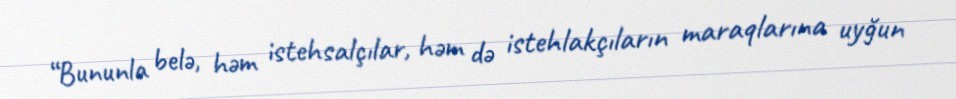
“Bununla belə, həm istehsalçılar, həm də istehlakçıların maraqlarına uyğun